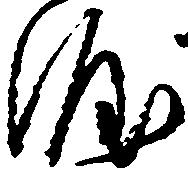
涯